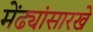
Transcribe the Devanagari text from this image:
मेंढ्यांसारखे